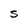
Character: S